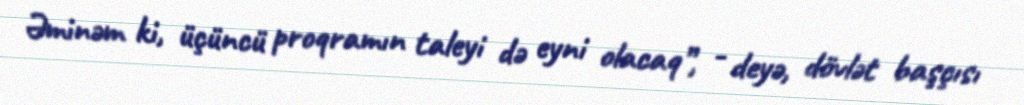
Əminəm ki, üçüncü proqramın taleyi də eyni olacaq”, - deyə, dövlət başçısı